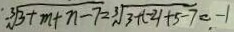
\sqrt [ 3 ] { 3 + m + n - 7 } = \sqrt [ 3 ] { 3 + ( - 2 ) + 5 - 7 } = - 1